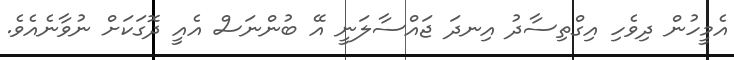
އެމީހުން ދިވެހި އިގްތިސާދު އިނދަ ޖައްސާލަނީ އޭ ބުންނަސް އެއީ ދޮގަކަށް ނުވާނެއެވެ.